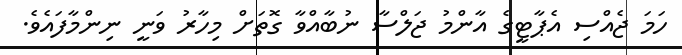
ހަމަ ޖެއްސި އެޕާޓީގެ އާންމު ޖަލްސާ ނުބާއްވާ ގޮތަށް މިހާރު ވަނީ ނިންމާފައެވެ.